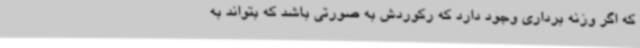
که اگر وزنه برداری وجود دارد که رکوردش به صورتی باشد که بتواند به